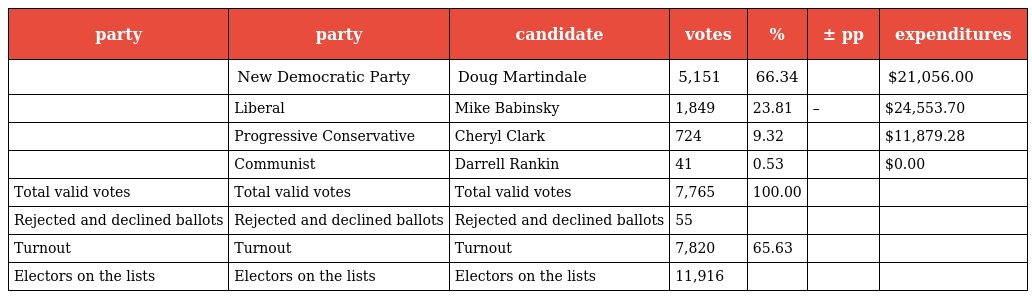
| party | party | candidate | votes | % | ± pp | expenditures |
 | --- | --- | --- | --- | --- | --- | --- |
 |  | New Democratic Party | Doug Martindale | 5,151 | 66.34 |  | $21,056.00 |
 |  | Liberal | Mike Babinsky | 1,849 | 23.81 | – | $24,553.70 |
 |  | Progressive Conservative | Cheryl Clark | 724 | 9.32 |  | $11,879.28 |
 |  | Communist | Darrell Rankin | 41 | 0.53 |  | $0.00 |
 | Total valid votes | Total valid votes | Total valid votes | 7,765 | 100.00 |  |  |
 | Rejected and declined ballots | Rejected and declined ballots | Rejected and declined ballots | 55 |  |  |  |
 | Turnout | Turnout | Turnout | 7,820 | 65.63 |  |  |
 | Electors on the lists | Electors on the lists | Electors on the lists | 11,916 |  |  |  |